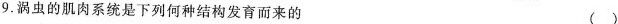
9.涡虫的肌肉系统是下列何种结构发育而来的()